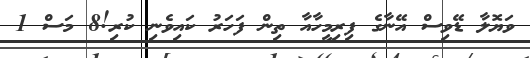
ވަޔޮލާ ޑޭވިސް އޭނާގެ ފިރިމީހާއާ ތިން ފަހަރު ކައިވެނި ކުރި!8 މަސް 1